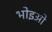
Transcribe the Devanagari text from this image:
भोइओ